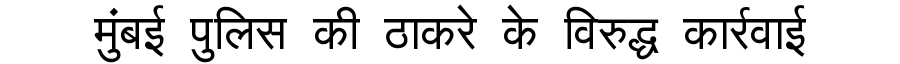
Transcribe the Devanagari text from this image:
मुंबई पुलिस की ठाकरे के विरुद्ध कार्रवाई